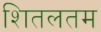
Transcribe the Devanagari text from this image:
शितलतम